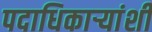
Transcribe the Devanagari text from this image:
पदाधिकार्‍यांशी